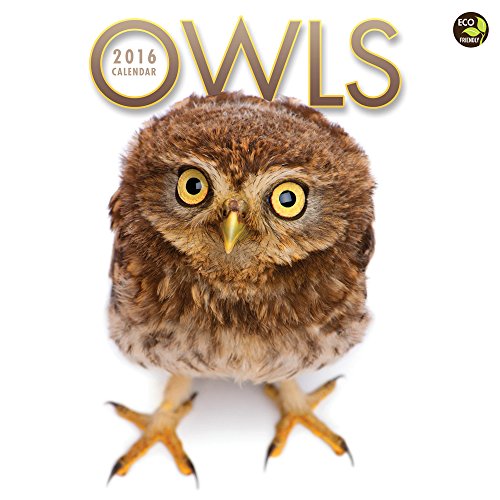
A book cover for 2016 Owls Wall Calendar; TF Publishing; Sports & Outdoors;